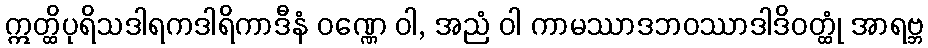
ဣတ္ထိပုရိသဒါရကဒါရိကာဒီနံ ဝဏ္ဏေ ဝါ, အညံ ဝါ ကာမဿာဒဘဝဿာဒါဒိဝတ္ထုံ အာရဗ္ဘ